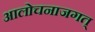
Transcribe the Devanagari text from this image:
आलोचनाजगत्